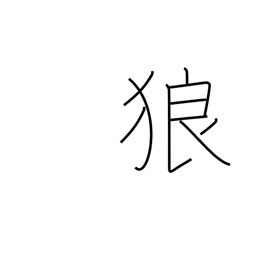
Meaning: wolf